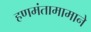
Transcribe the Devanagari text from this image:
हणमंतामामाने